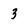
Character: 3